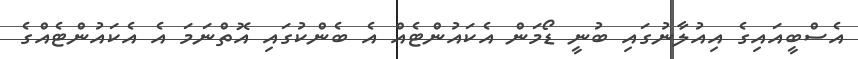
އެސްބީއައިގެ އިއުލާނުގައި ބުނީ ޑޯމަން އެކައުންޓެއް އެ ބެންކުގައި އޮތްނަމަ އެ އެކައުންޓެއްގެ